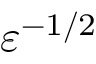
\varepsilon ^ { - 1 / 2 }